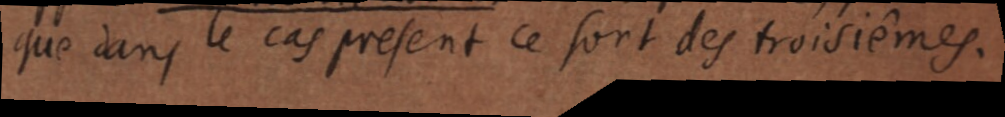
que dans le cas present ce sont des troisiemes.